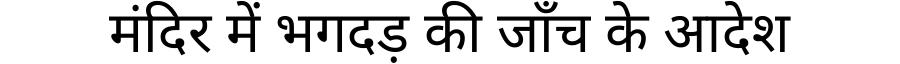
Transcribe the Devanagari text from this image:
मंदिर में भगदड़ की जाँच के आदेश